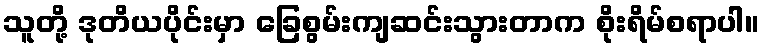
သူတို့ ဒုတိယပိုင်းမှာ ခြေစွမ်းကျဆင်းသွားတာက စိုးရိမ်စရာပါ။